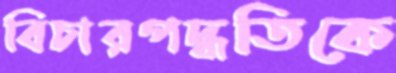
বিচারপদ্ধতিকে